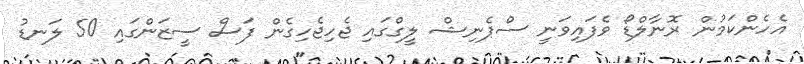
އެހެންކަމުން ރޮނާލްޑޯ ވެފައިވަނީ ސްޕެނިޝް ލީގްގައި ޖެހިޖެހިގެން ފަސް ސީޒަންގައި 50 ލަނޑު